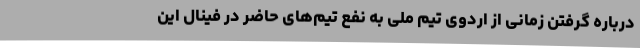
درباره گرفتن زمانی از اردوی تیم ملی به نفع تیم‌های حاضر در فینال این